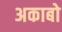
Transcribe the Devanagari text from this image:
अकाबो